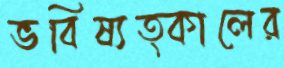
ভবিষ্যত্কালের